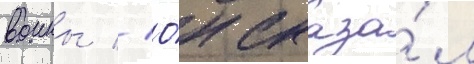
воины // О́н сказа́л